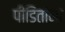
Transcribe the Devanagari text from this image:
पीडितांना